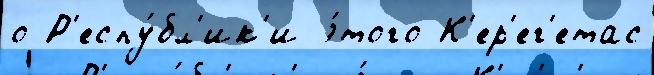
о Р'еспу́бл'ик'и э́того К'ер'ег'етас